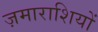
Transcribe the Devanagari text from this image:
ज़माराशियों